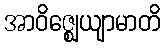
အာဝိဇ္ဈေယျာမာတိ